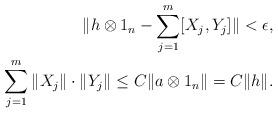
LaTeX: \begin{align*}\| h \otimes 1_n - \sum_{j=1}^m [X_j, Y_j] \| < \epsilon,\\\sum_{j=1}^m \| X_j \| \cdot \| Y_j \| \leq C \| a \otimes 1_n \| = C \| h \|.\end{align*}